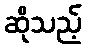
ဆိုသည့်